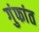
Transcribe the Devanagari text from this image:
गुंफांत